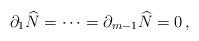
LaTeX: \begin{align*} \partial_{1}\widehat{N} = \dotsb = \partial_{m-1}\widehat{N} = 0\,,\end{align*}